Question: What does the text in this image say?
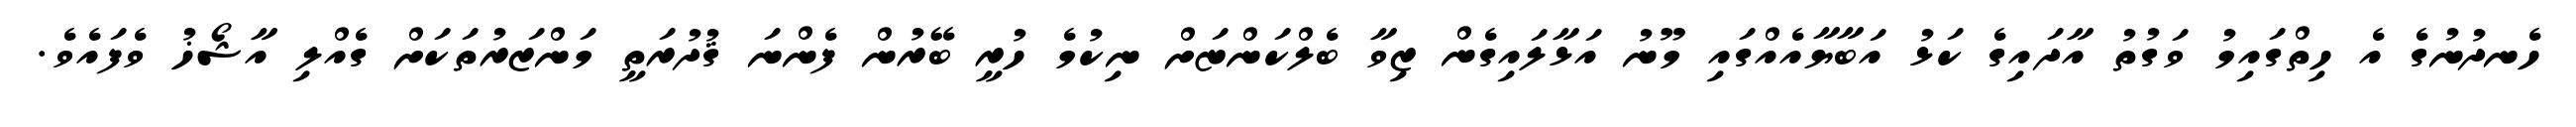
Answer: ހެނދުނުގެ އެ ހިތްގައިމު ވަގުތު އާދައިގެ ކަޅު އަބާޔާއެއްގައި މޫނު އަޅާލައިގެން ޒިވާ ބެލްކަންޏަށް ނިކުމެ ހުރީ ބޭރުން ފެންނަ ޤުދުރަތީ މަންޒަރުތަކަށް ގެއްލި އާޝޯޚު ވެފައެވެ.